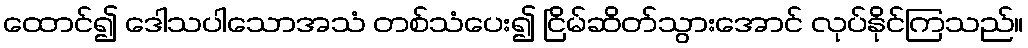
ထောင်၍ ဒေါသပါသောအသံ တစ်သံပေး၍ ငြိမ်ဆိတ်သွားအောင် လုပ်နိုင်ကြသည်။